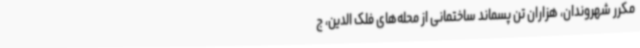
مکرر شهروندان، هزاران تن پسماند ساختمانی از محله‌های فلک الدین، ج